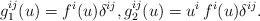
LaTeX: \begin{align*}g_1^{ij}(u)=f^i(u)\delta^{ij}, g_2^{ij}(u)=u^i\,f^i(u)\delta^{ij}.\end{align*}